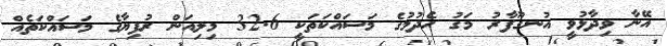
އޭނާ ވިދާޅުވީ އުނގޫފާރު މަގު ހެދުމުގެ މަސައްކަތަކީ 32.6 މިލިއަން ރުފިޔާގެ މަސައްކަތެއް